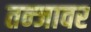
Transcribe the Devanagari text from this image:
तन्जावर